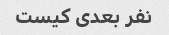
نفر بعدی کیست